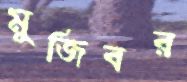
মুজিবর